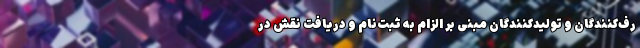
رف‌کنندگان و تولیدکنندگان مبنی بر الزام به ثبت‌نام و دریافت نقش در